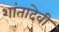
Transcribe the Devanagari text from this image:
शांतादेवी